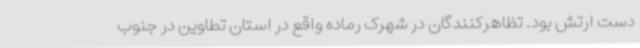
دست ارتش بود. تظاهرکنندگان در شهرک رماده واقع در استان تطاوین در جنوب